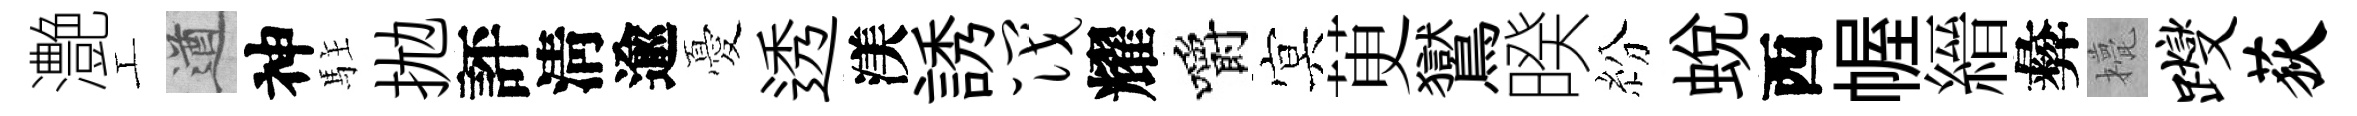
灔工遒神駐拋評淸逾憂透渼誘筏耀嚼㝠茰鸑暌紛蜕西幄縉彜甍躞荻